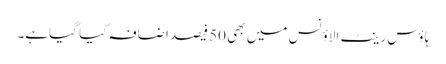
ہاؤس رینٹ الاؤنس میں بھی 50 فیصد اضافہ کیا گیاہے۔